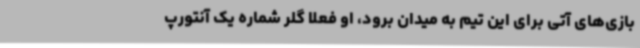
بازی‌های آتی برای این تیم به میدان برود، او فعلا گلر شماره یک آنتورپ